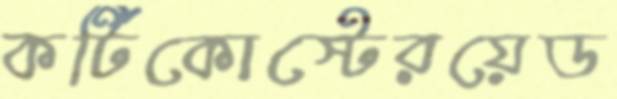
কর্টিকোস্টেরয়েড